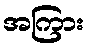
အကြား